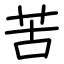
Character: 苦